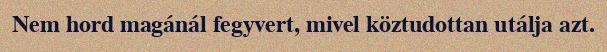
Nem hord magánál fegyvert, mivel köztudottan utálja azt.